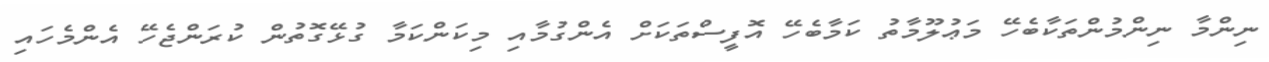
ނިންމާ ނިންމުންތަކާބެހޭ މަޢުލޫމާތު ކަމާބެހޭ އޮފީސްތަކަށް އެންގުމާއި މިކަންކަމާ ގުޅޭގޮތުން ކުރަންޖެހޭ އެންމެހައި